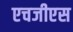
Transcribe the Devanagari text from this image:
एचजीएस